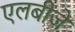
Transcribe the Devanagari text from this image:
एलबीजे